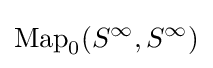
\operatorname {Map} _{0}(S^{\infty },S^{\infty })